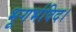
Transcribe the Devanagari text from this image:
भूगर्भविद।